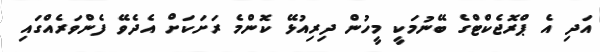
އަދި އެ ޕްރޮޖެކްޓްގެ ބޭނުމަކީ މީހުން ދިރިއުޅޭ ކޮންމެ ރަށަކަށް އެދެވޭ ފެންވަރެއްގައި